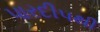
પારદીપથી